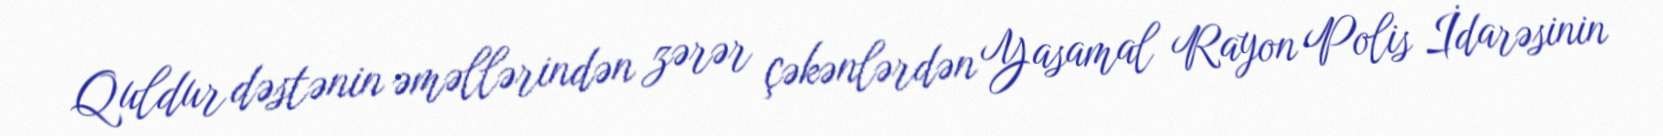
Quldur dəstənin əməllərindən zərər çəkənlərdən Yasamal Rayon Polis İdarəsinin